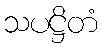
သပဋ္ဌိတံ